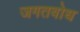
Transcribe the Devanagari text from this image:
जगतबोध